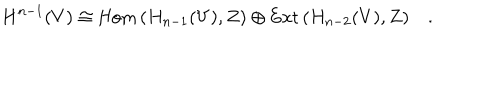
H ^ { n - 1 } ( V ) \cong \mathrm { H o m } \, ( H _ { n - 1 } ( V ) , Z ) \oplus \mathrm { E x t } \, ( H _ { n - 2 } ( V ) , Z ) \quad .